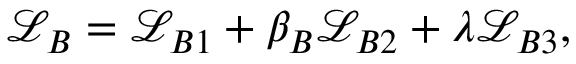
\begin{array} { r } { \mathcal { L } _ { B } = \mathcal { L } _ { B 1 } + \beta _ { B } \mathcal { L } _ { B 2 } + \lambda \mathcal { L } _ { B 3 } , } \end{array}